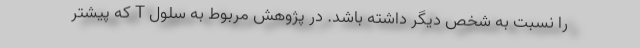
را نسبت به شخص دیگر داشته باشد. در پژوهش مربوط به سلول T که پیشتر